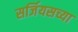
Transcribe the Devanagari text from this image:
सर्जियसच्या